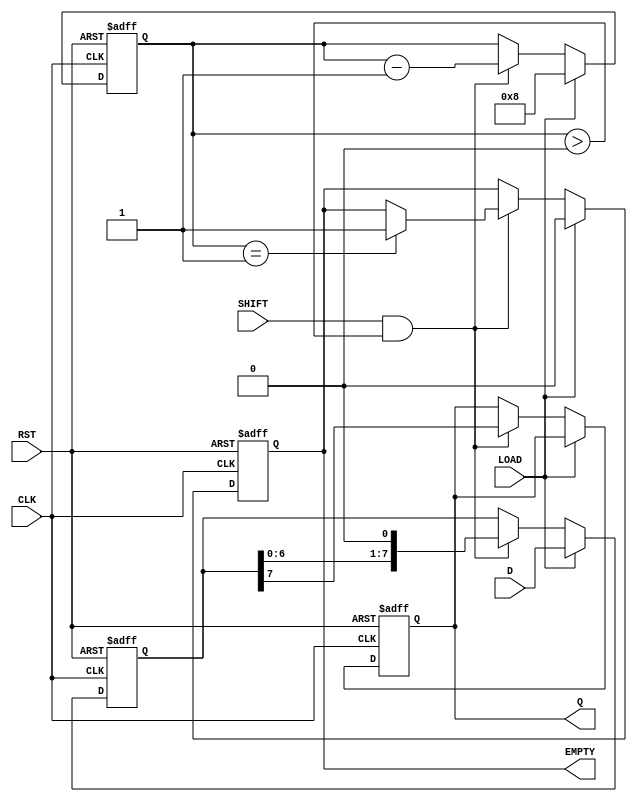
module PISO_Register #(
    parameter WIDTH = 8  // Configurable width of the register
)(
    input wire [WIDTH-1:0] D,      // Parallel data input
    input wire LOAD,                // Load signal
    input wire SHIFT,               // Shift signal
    input wire CLK,                 // Clock signal
    input wire RST,                 // Reset signal
    output reg Q,                   // Serial output
    output reg EMPTY                // Empty signal
);

    reg [WIDTH-1:0] shift_reg;      // Internal shift register
    reg [3:0] count;                // Counter for the number of bits shifted out

    always @(posedge CLK or posedge RST) begin
        if (RST) begin
            shift_reg <= 0;          // Clear the shift register
            Q <= 0;                  // Reset serial output
            EMPTY <= 1;              // Register is empty
            count <= 0;              // Reset counter
        end else begin
            if (LOAD) begin
                shift_reg <= D;       // Load parallel data into the register
                count <= WIDTH;       // Set count to the width of the register
                EMPTY <= 0;           // Register is not empty after loading
            end else if (SHIFT && count > 0) begin
                Q <= shift_reg[WIDTH-1]; // Output the MSB
                shift_reg <= shift_reg << 1; // Shift left
                count <= count - 1;   // Decrement the count
                if (count == 1) begin
                    EMPTY <= 1;       // Set EMPTY signal when all bits are shifted out
                end
            end
        end
    end

endmodule